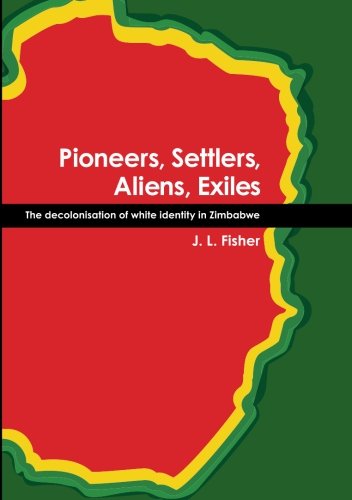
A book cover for Pioneers, Settlers, Aliens, Exiles: The decolonisation of white identity in Zimbabwe; J. L. Fisher; History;